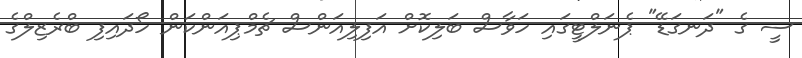
ސީ ގެ "ދަނގަޑޭ" ޕެނަލްޓީގައި ހަވާސް ބަލިކޮށް އަފިލިއަންސް ޗެމްޕިއަންކަން ހޯދައިފި ބްރެޒިލްގެ